Investigations on Bengal jail dietaries - Number 37
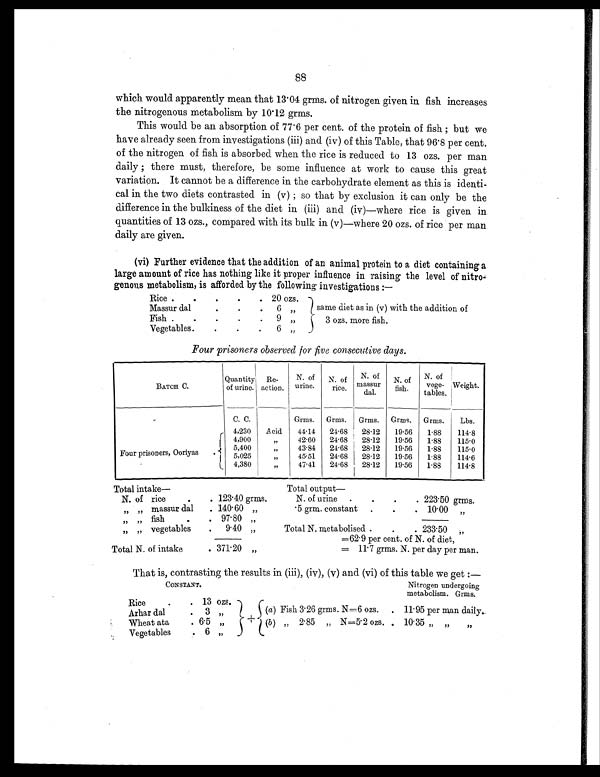
88
which would apparently mean that 13.04 grms. of nitrogen given in fish increases
the nitrogenous metabolism by 10.12 grms.
This would be an absorption of 77.6 per cent. of the protein of fish ; but we
have already seen from investigations (iii) and (iv) of this Table, that 96.8 per cent.
of the nitrogen of fish is absorbed when the rice is reduced to 13 ozs. per man
daily ; there must, therefore, be some influence at work to cause this great
variation. It cannot be a difference in the carbohydrate element as this is identi-
cal in the two diets contrasted in (v) ; so that by exclusion it can only be the
difference in the bulkiness of the diet in (iii) and (iv)—where rice is given in
quantities of 13 ozs., compared with its bulk in (v)—where 20 ozs. of rice per man
daily are given.
(vi) Further evidence that the addition of an animal protein to a diet containing a
large amount of rice has nothing like it proper influence in raising the level of nitro
-genous metabolism, is afforded by the following investigations:—
Rice .
.
. .
. 20 ozs.
Massur dal
. .
.
6
„
same diet as in (v) with the addition of
3 ozs. more fish.
Fish .
.
. .
.
9
„
Vegetables .
. .
.
6
„
Four prisoners observed for five consecutive days.
BATCH C.
Quantity
of urine.
Re-
action.
N. of
urine.
N. of
rice.
N. of
massur
dal.
N. of
fish.
N. of
vege-
tables.
Weight.
C. C.
Grms. Grms. Grms. Grms. Grms.
Lbs.
Four prisoners, Ooriyas
.
4, 230
Acid
44.14
24.68
28.12
19.56
1.88
114.8
4,900
„
42.60
24.68
28.12
19.56
1.88
115.0
5,400
„
43.84
24.68
28.12
19.56
1.88
115.0
5,025
„
45.51
24.68
28.12
19.56
1.88
114.6
4,380
„
47.41
24.68
28.12
19.56
1.88
114.8
T o t a l i n t a k e —
Total output
—
N. of rice
.
. 123.40 grms.
N. of urine .
.
.
. 223.50 grms.
„ „ massur dal
. 140.60 „
.5 grm. constant
.
.
. 10.00 „
„ „ fish
.
. 97.80 „
„ „ vegetables
.
9.40 „
Total N. metabolised .
.
. 233.50
„
=62.9 per cent. of N. of diet,
Total N. of intake
. 371.20 „
= 11.7 grms. N. per day per man.
That is, contrasting the results in (iii), (iv), (v) and (vi) of this table we get
:—
CONSTANT.
Nitrogen undergoing
metabolism. Grms.
Rice .
. 13 ozs.
Arhar dal
.
3 „
(a) Fish 3.26 grms. N=6 ozs.
. 11.95 per man daily.
Wheat ata
. 6.5 „
+
(b ) „ 2.85 „ N=5.2 ozs. . 10.35 „ „ „
Vegetables
. 6 „